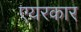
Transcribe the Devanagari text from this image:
एयरकार